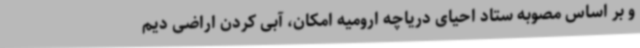
و بر اساس مصوبه ستاد احیای دریاچه ارومیه امکان، آبی کردن اراضی دیم